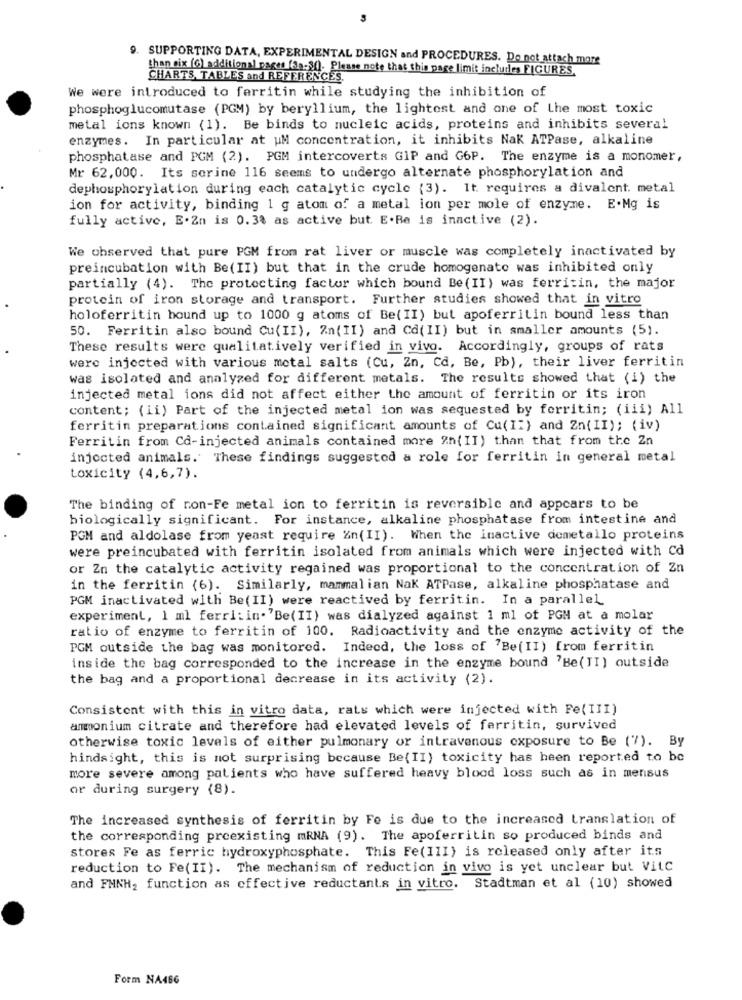
9. SUPPORTING DATA, EXPERIMENTAL DESIGN and PROCEDURES. Do not attach mare
than six (G) additional pages (3a-3(). Please note that this page limit includes FIGURES,
CHARTS, TABLES and REFERENCES.
We were introduced to ferritin while studying the inhibition of
phosphoglucomutase (PGM) by beryllium, the lightest and one of the most toxic
metal ions known (1). Be binds to nucleic acids, proteins and inhibits several
enzymes. In particular at uM concentration, it inhibits Nak ATPase, alkaline
phosphatase and PGM (2). PGM intercoverts GIP and G6P. The enzyme is a monomer,
Mr 62,000. Its serine 116 seems to undergo alternate phosphorylation and
dephosphorylation during each catalytic cycle (3). It requires a divalent. metal
ion for activity, binding 1 g atom of a metal ion per mole of enzyme. E.Mg is
fully active, E.Zn is 0.3% as active but. E.Re is inactive (2).
We observed that pure PGM from rat liver or muscle was completely inactivated by
preincubation with Be(II) but that in the crude homogenato was inhibited only
partially (4). The protecting factor which bound Be( II) was ferritin, the major
protein of iron storage and transport. Further studies showed that in vitro
holoferritin hound up to 1000 g atoms of Be( II) but apoferritin bound less than
50. Ferritin also bound Cu(II), Zn(II) and Cd(II) but in smaller amounts (5).
These results were qualitatively verified in vivo. Accordingly, groups of rats
were injected with various metal salts (Cu, Zn, Cd, Be, Pb), their liver ferritin
was isolated and analyzed for different metals. The results showed that (i) the
injected metal ions did not affect either the amount of ferritin or its iron
content; (ii) Part of the injected metal ion was sequested by ferritin; (iii) All
ferritin preparations contained significant amounts of Cu(Ii) and Zn( II); (iv)
Ferritin from Cd-injected animals contained more "h( II) than that from the Zn
injected animals. These findings suggested a role for ferritin in general metal
toxicity (4,6,7).
The binding of non-Fe metal ion to ferritin is reversible and appears to be
biologically significant. For instance, alkaline phosphatase from intestine and
POM and aldolase from yeast require %n(II). When the inactive demetallo proteins
were preincubated with ferritin isolated from animals which were injected with Cd
or Zn the catalytic activity regained was proportional to the concentration of Zn
in the ferritin (6). Similarly, mammalian Nak ATPase, alkaline phosphatase and
PGM inactivated with Be(II) were reactived by ferritin. In a parallel
experiment, 1 ml ferritin. "Be( II) was dialyzed against 1 ml of PGH at a molar
ratio of enzyme to ferritin of 100. Radioactivity and the enzyme activity of the
PGM outside the bag was monitored. Indeed, the loss of 'Be(II) from ferritin
inside the bag corresponded to the increase in the enzyme bound "Be(TI) outside
the bag and a proportional decrease in its activity (2).
Consistent with this in vitro data, rats which were injected with Fe( III)
ammonium citrate and therefore had elevated levels of ferritin, survived
otherwise toxic levels of either pulmonary or intravenous exposure to Be ("7). By
hindsight, this is not surprising because Be(II) toxicity has been reported to be
more severe among patients who have suffered heavy blood loss such as in merisus
or during surgery (8).
The increased synthesis of ferritin by Fe is due to the increased translation of
the corresponding preexisting mRNA (9). The apoferritin so produced binds and
stores Fe as ferric hydroxyphosphate. This Fe(III) is released only after its
reduction to Fe(II). The mechanism of reduction in vivo is yet unclear but VitC
and FMNH, function as effective reductants in vitro. Stadtman et al (10) showed
Form NA466